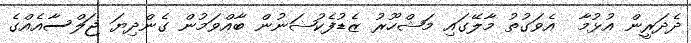
ދެދަރީން އުޅުމާ  އެވަގުތު މާލޭގައި މަޝްހޫރު ޒެޑުފެކުޝަނުން ބާއްވަމުން ގެންދިޔަ ޖަލްސާއެއްގެ